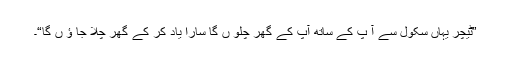
”ٹیچر یہاں سکول سے آ پ کے ساتھ آپ کے گھر چلو ں گا سارا یاد کر کے گھر چلا جا ؤ ں گا“۔